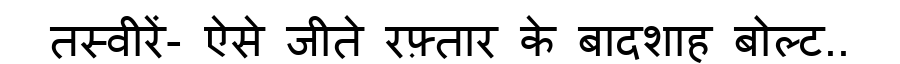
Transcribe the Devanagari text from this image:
तस्वीरें- ऐसे जीते रफ़्तार के बादशाह बोल्ट..